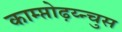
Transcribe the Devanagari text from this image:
काम्प्तोढ़य्न्चुस